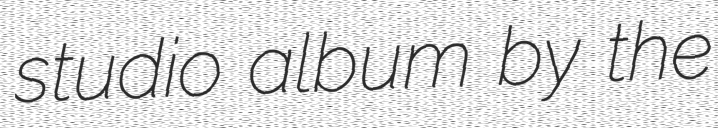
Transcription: studio album by the